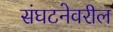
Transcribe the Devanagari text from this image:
संघटनेवरील